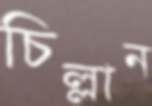
চিল্লান